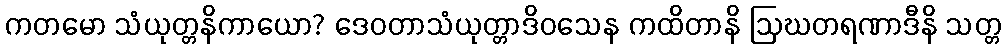
ကတမော သံယုတ္တနိကာယော? ဒေဝတာသံယုတ္တာဒိဝသေန ကထိတာနိ ဩဃတရဏာဒီနိ သတ္တ